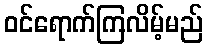
ဝင်ရောက်ကြလိမ့်မည်